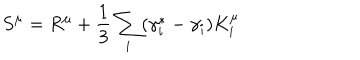
LaTeX: S ^ { \mu } = R ^ { \mu } + \frac { 1 } { 3 } \sum _ { i } ( \gamma _ { i } ^ { \ast } - \gamma _ { i } ) K _ { i } ^ { \mu }